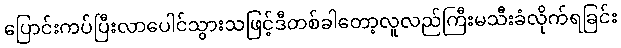
ပြောင်းကပ်ပြီးလာပေါင်သွားသဖြင့်ဒီတစ်ခါတော့လူလည်ကြီးမသီးခံလိုက်ရခြင်း